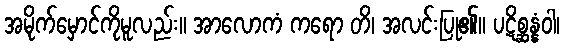
အမိုက်မှောင်ကိုမူလည်း။ အာလောကံ ကရော တိ၊ အလင်းပြု၏။ ပဋိစ္ဆန္နံဝါ၊